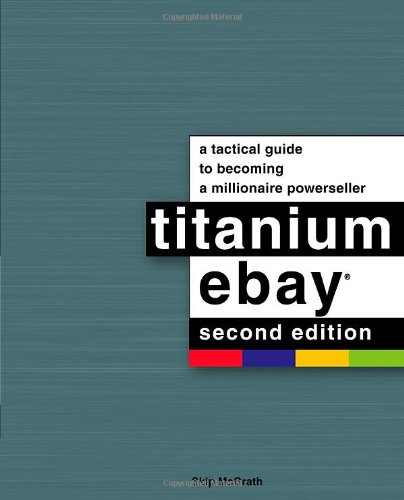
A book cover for Titanium eBay, 2nd Edition: A Tactical Guide to Becoming a Millionaire Powerseller; Skip McGrath; Computers & Technology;